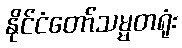
နိုင်ငံတော်သမ္မတရုံး